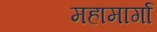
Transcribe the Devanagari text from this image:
महामार्गा